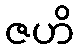
ဇဟိ